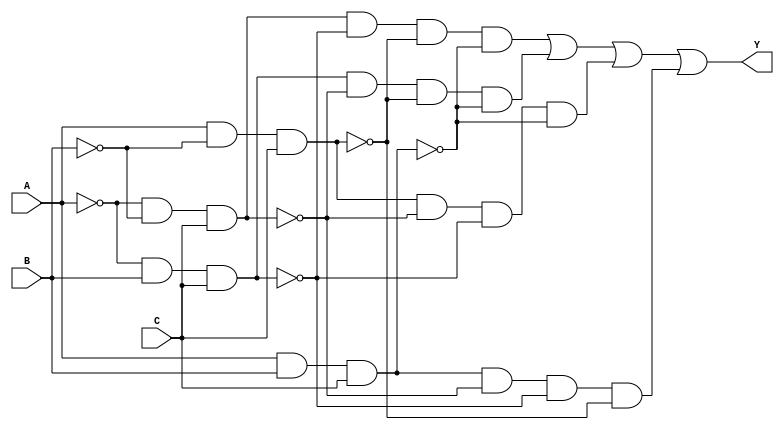
module EPI_Identification (
    input wire A, B, C,          // Input variables
    output wire Y                // Output based on essential prime implicants
);

// Define the minterms for the Boolean function
// For example, let's assume the function is true for minterms 1, 3, 5, and 7
// Minterms: 001, 011, 101, 111 (A'B'C', A'BC, AB'C, ABC)
wire m1 = (~A & ~B & C); // minterm 1 (001)
wire m3 = (~A & B & C);  // minterm 3 (011)
wire m5 = (A & ~B & C);  // minterm 5 (101)
wire m7 = (A & B & C);   // minterm 7 (111)

// Identify prime implicants
wire p1 = m1 | m3; // Prime implicant covering minterms 1 and 3
wire p2 = m3 | m5; // Prime implicant covering minterms 3 and 5
wire p3 = m5 | m7; // Prime implicant covering minterms 5 and 7

// Identify essential prime implicants
// An essential prime implicant covers a minterm that no other implicant covers
wire e1 = m1 & ~m3 & ~m5 & ~m7; // EPI for minterm 1
wire e2 = m3 & ~m1 & ~m5 & ~m7; // EPI for minterm 3
wire e3 = m5 & ~m1 & ~m3 & ~m7; // EPI for minterm 5
wire e4 = m7 & ~m1 & ~m3 & ~m5; // EPI for minterm 7

// Combine essential prime implicants to form the final output
assign Y = e1 | e2 | e3 | e4;

// For debugging purposes, you can also output the minterms and prime implicants
// Uncomment the following lines to see the intermediate signals
/*
assign debug_m1 = m1;
assign debug_m3 = m3;
assign debug_m5 = m5;
assign debug_m7 = m7;
assign debug_p1 = p1;
assign debug_p2 = p2;
assign debug_p3 = p3;
assign debug_e1 = e1;
assign debug_e2 = e2;
assign debug_e3 = e3;
assign debug_e4 = e4;
*/

endmodule